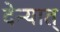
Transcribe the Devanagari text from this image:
देन्यात्